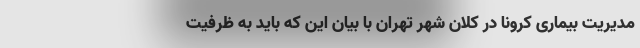
مدیریت بیماری کرونا در کلان شهر تهران با بیان این که باید به ظرفیت